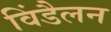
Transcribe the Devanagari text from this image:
विंडैलन